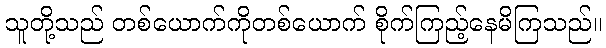
သူတို့သည် တစ်ယောက်ကိုတစ်ယောက် စိုက်ကြည့်နေမိကြသည်။